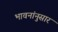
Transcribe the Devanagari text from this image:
भावनांनुसार